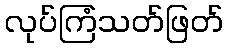
လုပ်ကြံသတ်ဖြတ်